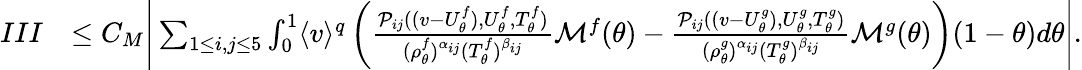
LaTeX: \begin{array}{rl}{III}&{\leq C_{M}\Bigg|\sum_{1\leq i,j\leq 5}\int_{0}^{1}\langle v\rangle^{q}\left(\frac{\mathcal{P}_{ij}((v-U_{\theta}^{f}),U_{\theta}^{f},T_{\theta}^{f})}{(\rho_{\theta}^{f})^{\alpha_{ij}}(T_{\theta}^{f})^{\beta_{ij}}}\mathcal{M}^{f}(\theta)-\frac{\mathcal{P}_{ij}((v-U_{\theta}^{g}),U_{\theta}^{g},T_{\theta}^{g})}{(\rho_{\theta}^{g})^{\alpha_{ij}}(T_{\theta}^{g})^{\beta_{ij}}}\mathcal{M}^{g}(\theta)\right)(1-\theta)d\theta\Bigg|.}\end{array}